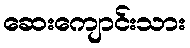
ဆေးကျောင်းသား